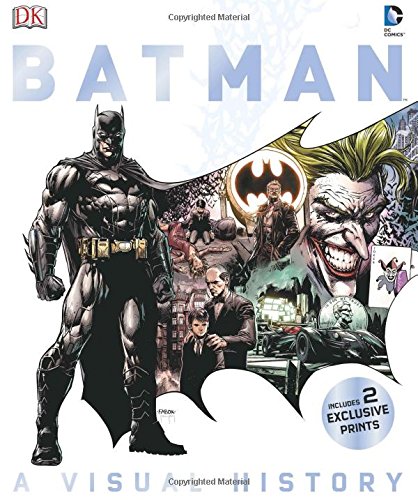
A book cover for Batman: A Visual History; Matthew K. Manning; Comics & Graphic Novels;